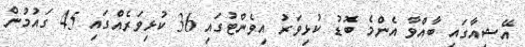
އޭޝިއާގައި ބާއްވާ އެންމެ ބޮޑު ކުޅިވަރު އިވެންޓުގައި 36 ކުޅިވަރެއްގައި 45 ގައުމުން